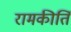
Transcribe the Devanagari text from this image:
रामकीर्ति